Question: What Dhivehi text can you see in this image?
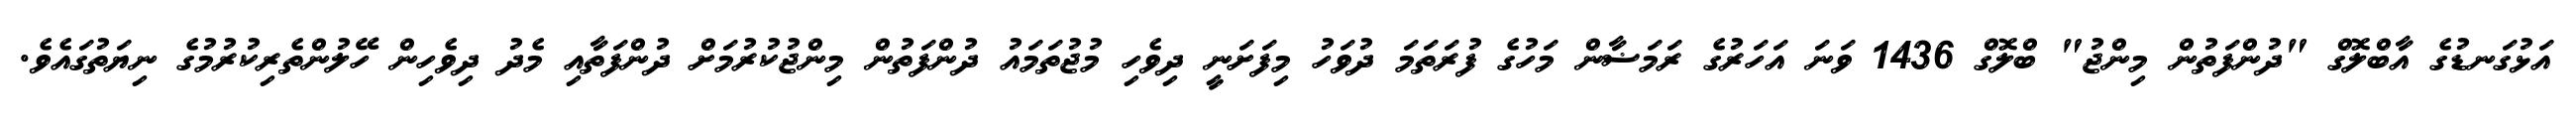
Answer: އަޅުގަނޑުގެ އާބްލޮގް "ދުންފަތުން މިންޖު" ބްލޮގް 1436 ވަނަ އަހަރުގެ ރަމަޟާން މަހުގެ ފުރަތަމަ ދުވަހު މިފަށަނީ ދިވެހި މުޖުތަމައު ދުންފަތުން މިންޖުކުރުމަށް ދުންފަތާއި މެދު ދިވެހިން ހޭލުންތެރިކުރުމުގެ ނިޔަތުގައެވެ.